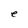
Character: e